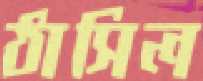
ঠাসিল